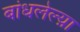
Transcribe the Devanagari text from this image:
बांधलेल्य़ा